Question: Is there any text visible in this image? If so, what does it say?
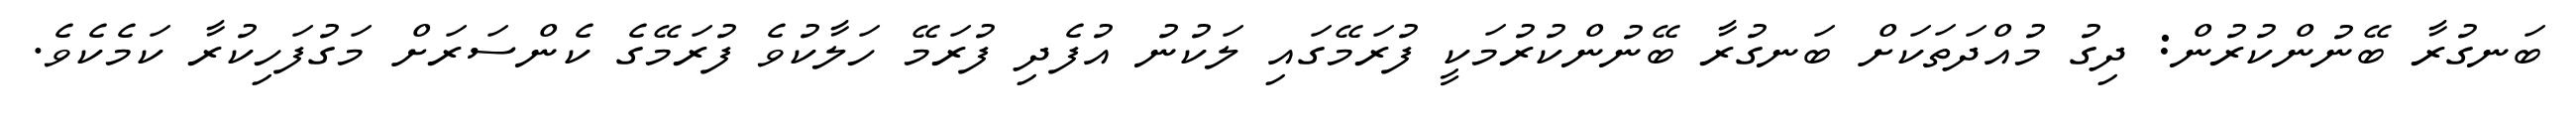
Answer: ބަނގުރާ ބޭނުންކުރުން: ދިގު މުއްދަތަކަށް ބަނގުރާ ބޭނުންކުރުމަކީ ފުރަމޭގައި ލަކުނު އުފެދި ފުރަމޭ ހަލާކުވެ ފުރަމޭގެ ކެންސަރަށް މަގުފަހިކުރާ ކަމެކެވެ.